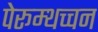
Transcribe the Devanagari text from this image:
पेरूम्थच्चन